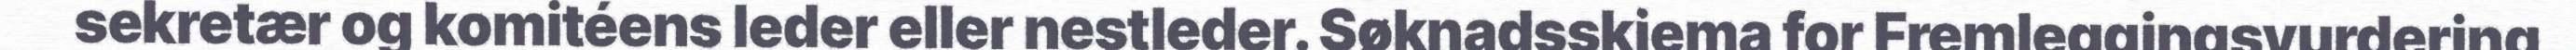
sekretær og komitéens leder eller nestleder. Søknadsskjema for Fremleggingsvurdering